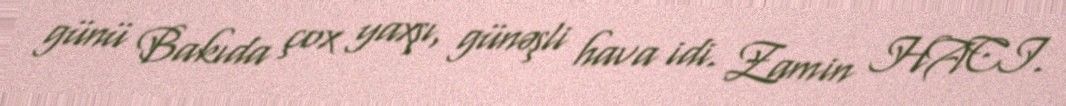
günü Bakıda çox yaxşı, günəşli hava idi. Zamin HACI.